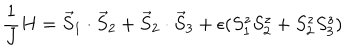
\frac { 1 } { J } H = \vec { S } _ { 1 } \cdot \vec { S } _ { 2 } + \vec { S } _ { 2 } \cdot \vec { S } _ { 3 } + \epsilon ( S _ { 1 } ^ { z } S _ { 2 } ^ { z } + S _ { 2 } ^ { z } S _ { 3 } ^ { z } )